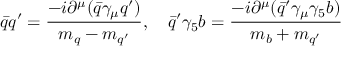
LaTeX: \bar { q } q ^ { \prime } = \displaystyle \frac { - i \partial ^ { \mu } ( \bar { q } \gamma _ { \mu } q ^ { \prime } ) } { m _ { q } - m _ { q ^ { \prime } } } , ~ ~ ~ \bar { q } ^ { \prime } \gamma _ { 5 } b = \displaystyle \frac { - i \partial ^ { \mu } ( \bar { q } ^ { \prime } \gamma _ { \mu } \gamma _ { 5 } b ) } { m _ { b } + m _ { q ^ { \prime } } }